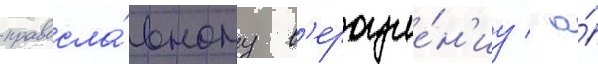
правосла́вному в'ероуче́н'иу / а́